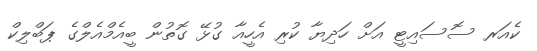
ކެއަރ ސޮސައިޓީ އަށް ހަދިޔާ ކުރި އެހީއާ ގުޅޭ ގޮތުން ބީއެމްއެލްގެ ޕަބްލިކް